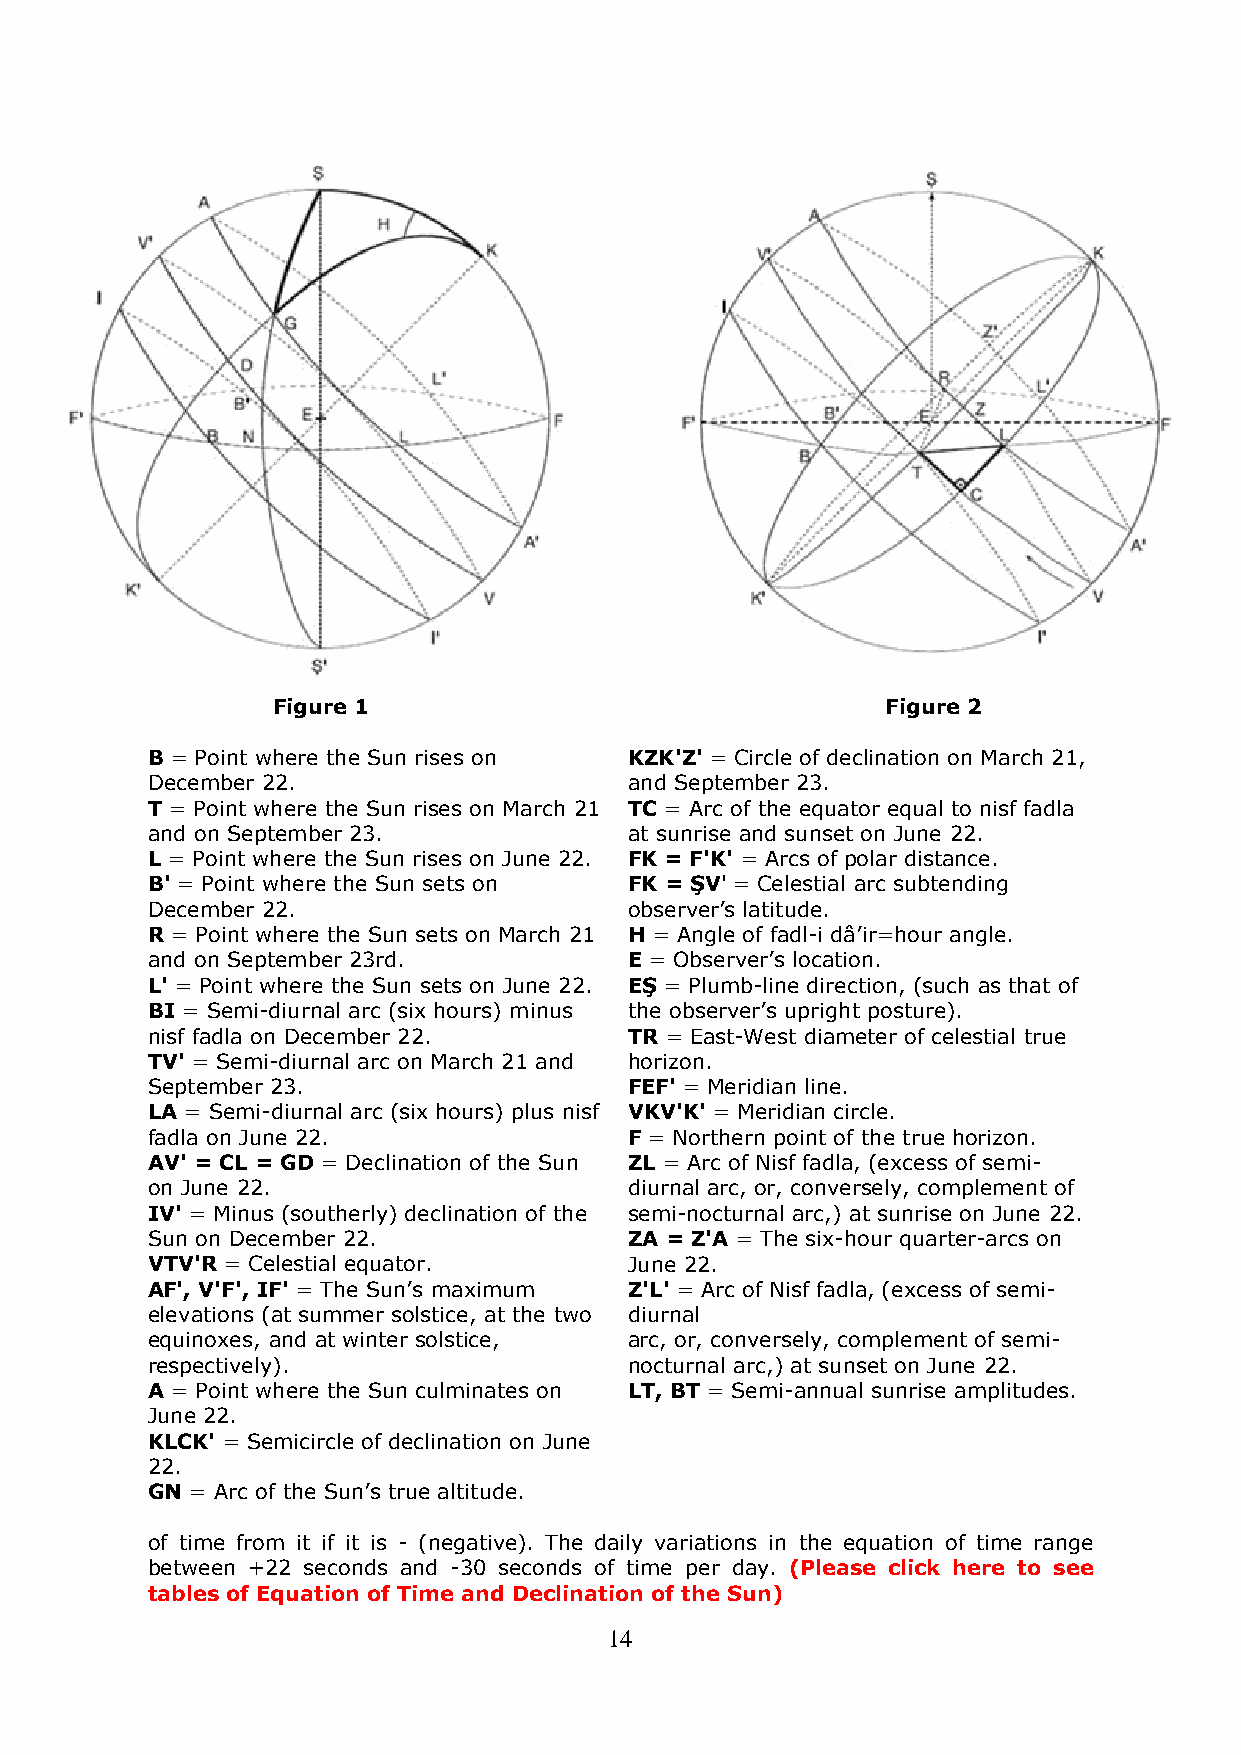
Figure 1                                 Figure 2
 B = Point where the Sun rises on KZK'Z' = Circle of declination on March 21,
 December 22.                    and September 23.
 T = Point where the Sun rises on March 21 TC = Arc of the equator equal to nisf fadla
 and on September 23.            at sunrise and sunset on June 22.
 L = Point where the Sun rises on June 22. FK = F'K' = Arcs of polar distance.
 B' = Point where the Sun sets on FK = ŞV' = Celestial arc subtending
 December 22.                    observer’s latitude.
 R = Point where the Sun sets on March 21 H = Angle of fadl-i dâ’ir=hour angle.
 and on September 23rd.          E = Observer’s location.
 L' = Point where the Sun sets on June 22. EŞ = Plumb-line direction, (such as that of
 BI = Semi-diurnal arc (six hours) minus the observer’s upright posture).
 nisf fadla on December 22.      TR = East-West diameter of celestial true
 TV' = Semi-diurnal arc on March 21 and horizon.
 September 23.                   FEF' = Meridian line.
 LA = Semi-diurnal arc (six hours) plus nisf VKV'K' = Meridian circle.
 fadla on June 22.               F = Northern point of the true horizon.
 AV' = CL = GD = Declination of the Sun ZL = Arc of Nisf fadla, (excess of semi-
 on June 22.                     diurnal arc, or, conversely, complement of
 IV' = Minus (southerly) declination of the semi-nocturnal arc,) at sunrise on June 22.
 Sun on December 22.             ZA = Z'A = The six-hour quarter-arcs on
 VTV'R = Celestial equator.      June 22.
 AF', V'F', IF' = The Sun’s maximum Z'L' = Arc of Nisf fadla, (excess of semi-
 elevations (at summer solstice, at the two diurnal
 equinoxes, and at winter solstice, arc, or, conversely, complement of semi-
 respectively).                  nocturnal arc,) at sunset on June 22.
 A = Point where the Sun culminates on LT, BT = Semi-annual sunrise amplitudes.
 June 22.
 KLCK' = Semicircle of declination on June
 22.
 GN = Arc of the Sun’s true altitude.
 of time from it if it is - (negative). The daily variations in the equation of time range
 between +22 seconds and -30 seconds of time per day. (Please click here to see
 tables of Equation of Time and Declination of the Sun)
 14